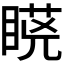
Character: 𭿆